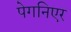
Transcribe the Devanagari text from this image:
पेगनिएर